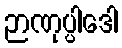
ဉာဏုပ္ပါဒေါ